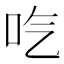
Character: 𠯏